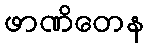
ဖာဏိတေန